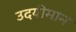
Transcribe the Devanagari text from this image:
उदयीमान